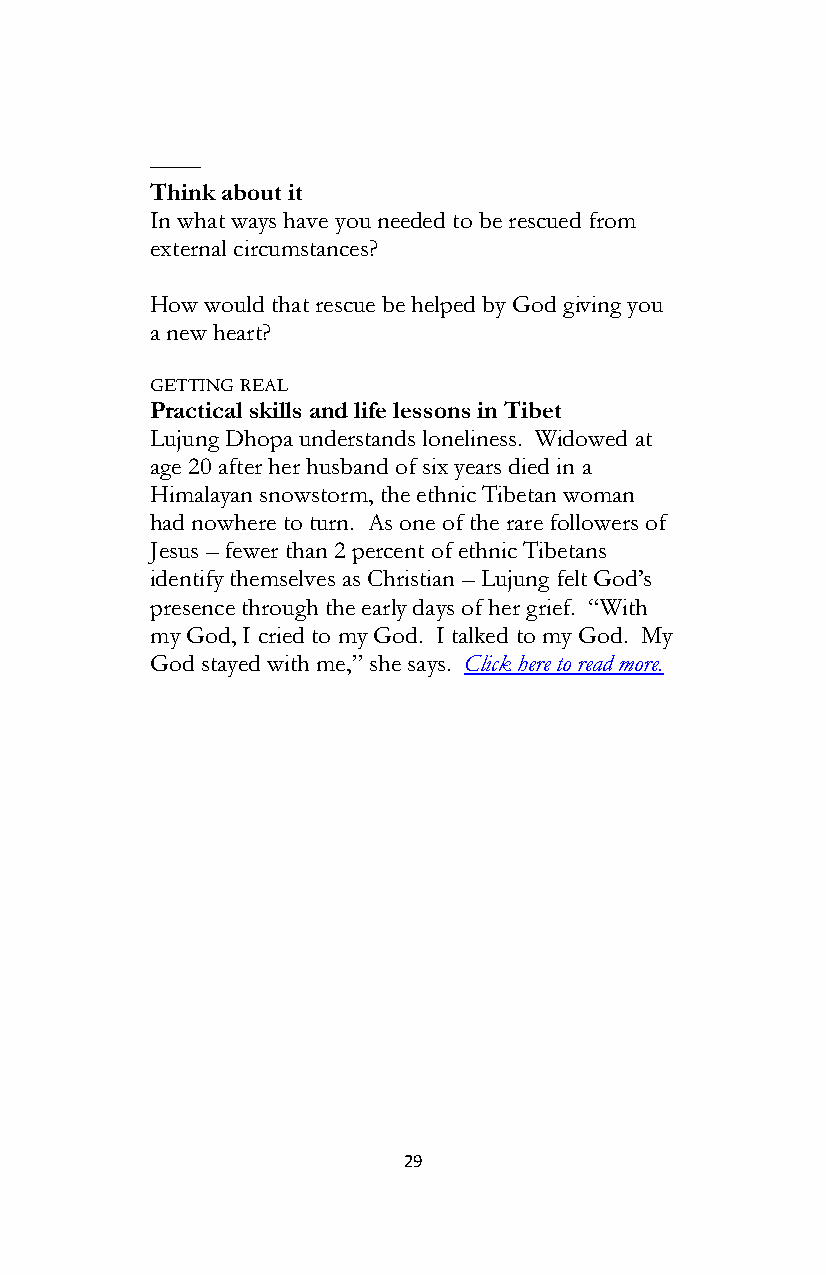
––––
 Think about it
 In what ways have you needed to be rescued from
 external circumstances?
 How would that rescue be helped by God giving you
 a new heart?
 GETTING REAL
 Practical skills and life lessons in Tibet
 Lujung Dhopa understands loneliness. Widowed at
 age 20 after her husband of six years died in a
 Himalayan snowstorm, the ethnic Tibetan woman
 had nowhere to turn. As one of the rare followers of
 Jesus – fewer than 2 percent of ethnic Tibetans
 identify themselves as Christian – Lujung felt God’s
 presence through the early days of her grief. “With
 my God, I cried to my God. I talked to my God. My
 God stayed with me,” she says. Click here to read more.
 29